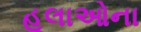
હૂલાઓના